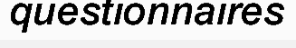
questionnaires